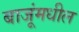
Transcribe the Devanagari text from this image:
बाजूंमधील